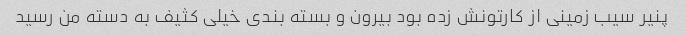
پنیر سیب زمینی از کارتونش زده بود بیرون و بسته بندی خیلی کثیف به دسته من رسید